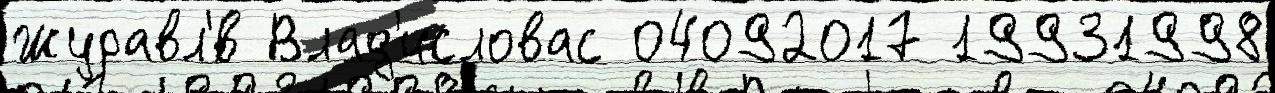
Журавл'́в Влад'исловас 04092017 19931998